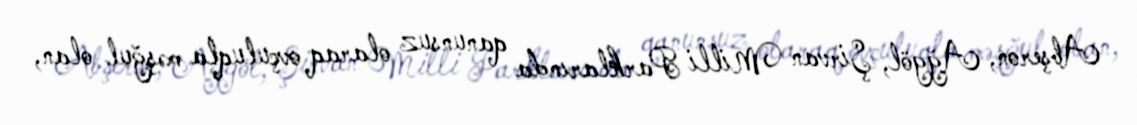
Abşeron, Ağgöl, Şirvan Milli Parklarında qanunsuz olaraq ovçuluqla məşğul olan,